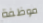
موظفة